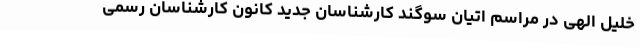
خلیل الهی در مراسم اتیان سوگند کارشناسان جدید کانون کارشناسان رسمی